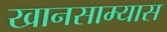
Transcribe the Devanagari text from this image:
खानसाम्यास